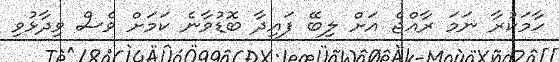
ހާމަކުރާ ނަމަ ރާއްޖެ އަށް ލިބޭ ފައިދާ ބޮޑުވާނެ ކަމަށް ވެސް ވިދާޅުވި